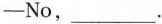
——No___.